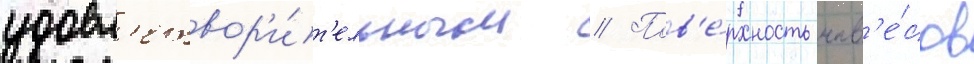
удовл'етвор'и́т'ельным // Пов'е́рхность нав'е́сов